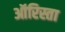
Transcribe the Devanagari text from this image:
ऑरिस्ता